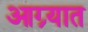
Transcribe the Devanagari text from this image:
आग्र्यात